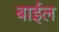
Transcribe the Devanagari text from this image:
बाईल